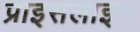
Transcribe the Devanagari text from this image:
प्राइसलाइन